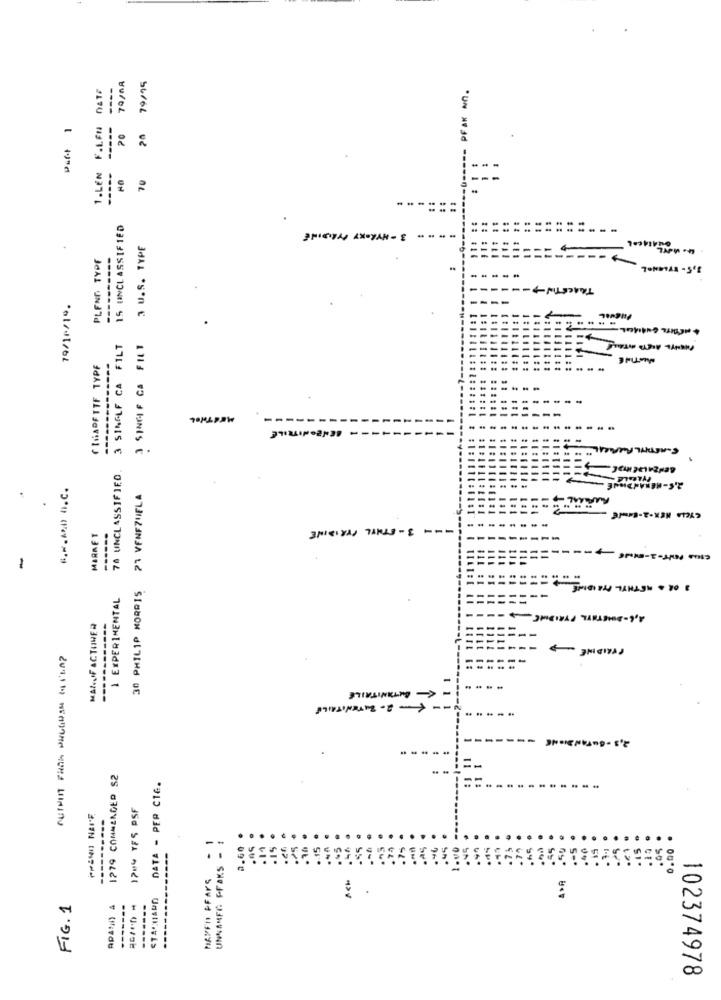
79/MR
79/95
---- PFAK M.
1.LEN F.LFM
-====
-
70
-----
70
15 UNCLASSIFIED
.- 3- HYROKY PYRIDINE
...
3 U.S. TYPE
PLENG TYPF
----------
79/10/19.
---
+ MÉRITE GUAIAUIL-
3 SINGLE CA FILT
3 SINGIF CA FILT
CIGARETTE TYPF
----
--
--
70 UNCLASSIFIED
--
470020112,29
30 PHILIP MORRIS 21 VENEZUELA
--- 3-STILL PERIDINE
MARKET
-----
1 EXPERIMENTAL
JIMIGIRLS TANISH - 30 €
MANUFACTURER
ANITAILE
- 2- BITENITAILE
1279 COMMENCER S2
DATA - PER CIE.
170% YFS PSF
----------
UNNANFO PFAKS -
2.60
15
0.00
HAREn PFAPS
FIG. 1
APANI) A
102374978